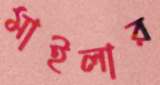
মাইলার